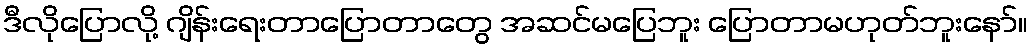
ဒီလိုပြောလို့ ဂျိန်းရေးတာပြောတာတွေ အဆင်မပြေဘူး ပြောတာမဟုတ်ဘူးနော်။